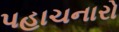
પહાચનારો